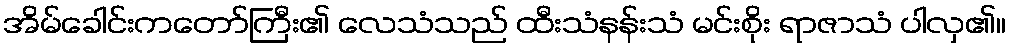
အိမ်ခေါင်းကတော်ကြီး၏ လေသံသည် ထီးသံနန်းသံ မင်းစိုး ရာဇာသံ ပါလှ၏။